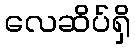
လေဆိပ်ရှိ